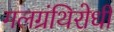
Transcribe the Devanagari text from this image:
गलग्रंथिरोधी